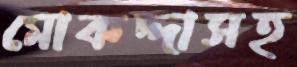
মোকদ্দাসহ